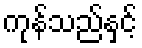
ကုန်သည်နှင့်